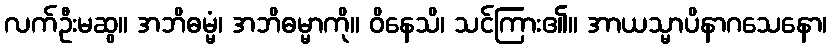
လက်ဦးမဆွ။ အဘိဓမ္မံ၊ အဘိဓမ္မာကို။ ဝိနေသိ၊ သင်ကြား၏။ အာယသ္မာပိနာဂသေနော၊